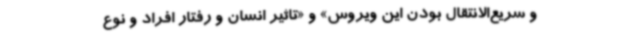
و سریع‌الانتقال بودن این ویروس» و «تاثیر انسان و رفتار افراد و نوع